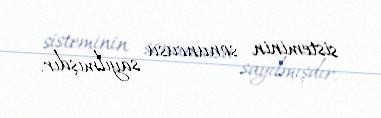
sisteminin sonuncusu sayılmışdır.